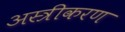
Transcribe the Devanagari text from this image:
अस्त्रीकरण